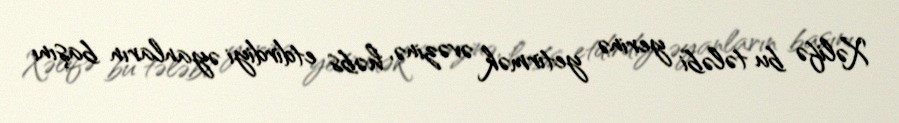
Xəlifə bu tələbi yerinə yetirmək əvəzinə, həbs etdirdiyi əyanların başını